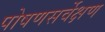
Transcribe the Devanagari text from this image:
पोषणसर्वेक्षण